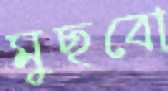
মুছবো